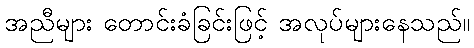
အညီများ တောင်းခံခြင်းဖြင့် အလုပ်များနေသည်။